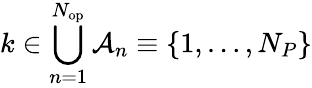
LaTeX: k\in\bigcup_{n=1}^{N_{\mathrm{op}}}\mathcal{A}_{n}\equiv\{ 1,\dots,N_{P}\}